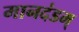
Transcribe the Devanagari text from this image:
मानदंडम्